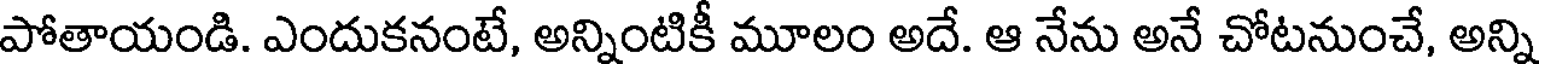
పోతాయండి. ఎందుకనంటే, అన్నింటికీ మూలం అదే. ఆ నేను అనే చోటనుంచే, అన్ని